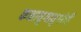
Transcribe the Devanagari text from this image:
कक्षायुगायुगांची